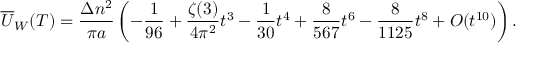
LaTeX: \overline { { { U } } } _ { W } ( T ) = \frac { \Delta n ^ { 2 } } { \pi a } \left( - \frac { 1 } { 9 6 } + \frac { \zeta ( 3 ) } { 4 \pi ^ { 2 } } t ^ { 3 } - \frac { 1 } { 3 0 } t ^ { 4 } + \frac { 8 } { 5 6 7 } t ^ { 6 } - \frac { 8 } { 1 1 2 5 } t ^ { 8 } + { \cal O } ( t ^ { 1 0 } ) \right) { . }